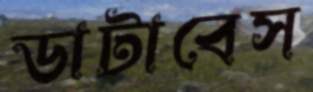
ডাটাবেস